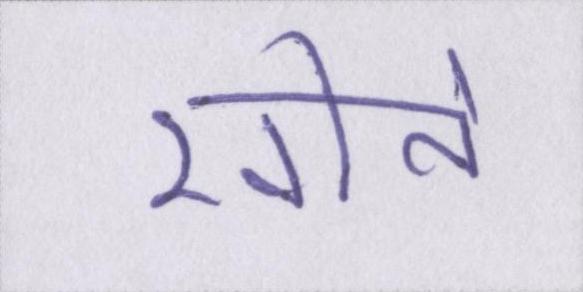
खोने